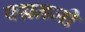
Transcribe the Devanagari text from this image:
पद्मनजी